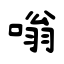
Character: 嗡